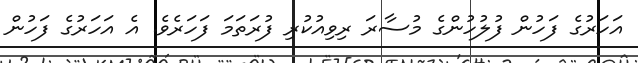
އަހަރުގެ ފަހުން ފުލުހުންގެ މުސާރަ ރިވިއުކުރި ފުރަތަމަ ފަހަރެވެ. އެ އަހަރުގެ ފަހުން